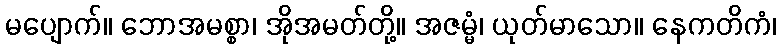
မပျောက်။ ဘောအမစ္စာ၊ အိုအမတ်တို့။ အဇမ္မံ၊ ယုတ်မာသော။ နေကတိကံ၊